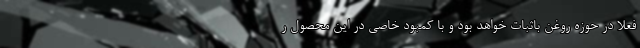
فعلا در حوزه روغن باثبات خواهد بود و با کمبود خاصی در این محصول ر